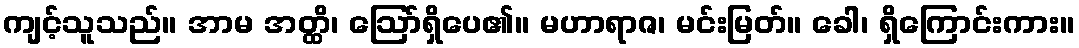
ကျင့်သူသည်။ အာမ အတ္ထိ၊ ဩော်ရှိပေ၏။ မဟာရာဇ၊ မင်းမြတ်။ ခေါ၊ ရှိကြောင်းကား။